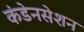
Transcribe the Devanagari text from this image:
कंडेनसेशन